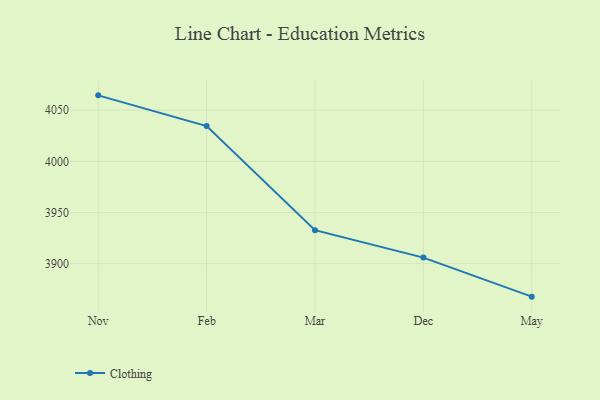
{"axis": {"x": "Month", "y": "Operating Costs (USD K)"}, "legend": ["Clothing"], "data": [{"x": "Nov", "y": 4064.6, "type": "Clothing"}, {"x": "Feb", "y": 4034.6, "type": "Clothing"}, {"x": "Mar", "y": 3932.7, "type": "Clothing"}, {"x": "Dec", "y": 3905.9, "type": "Clothing"}, {"x": "May", "y": 3867.7, "type": "Clothing"}]}